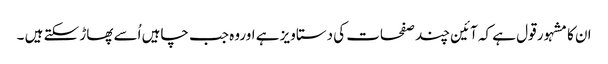
ان کا مشہور قول ہے کہ آئین چند صفحات کی دستاویز ہے اوروہ جب چاہیں اُسے پھاڑ سکتے ہیں ۔